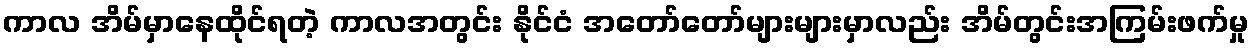
ကာလ အိမ်မှာနေထိုင်ရတဲ့ ကာလအတွင်း နိုင်ငံ အတော်တော်များများမှာလည်း အိမ်တွင်းအကြမ်းဖက်မှု